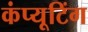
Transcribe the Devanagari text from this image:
कंप्‍यूटिंग